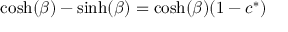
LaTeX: \cosh ( \beta ) - \sinh ( \beta ) = \cosh ( \beta ) ( 1 - c ^ { * } )